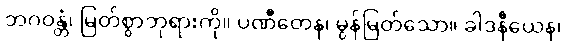
ဘဂဝန္တံ၊ မြတ်စွာဘုရားကို။ ပဏီတေန၊ မွန်မြတ်သော။ ခါဒနီယေန၊